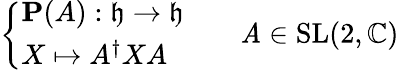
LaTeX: {\left\{ \begin{array}{ll}{\mathbf{P}(A):{\mathfrak{h}}\to{\mathfrak{h}}}\\ {X\mapsto A^{\dagger}XA}\end{array}\right.}\qquad\mathit{A}\in\mathrm{{SL}}(2,\mathbb{{C}})